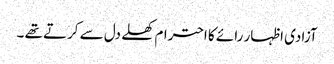
آزادی اظہار رائے کا احترام کھلے دل سے کرتے تھے ۔